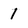
Character: 1